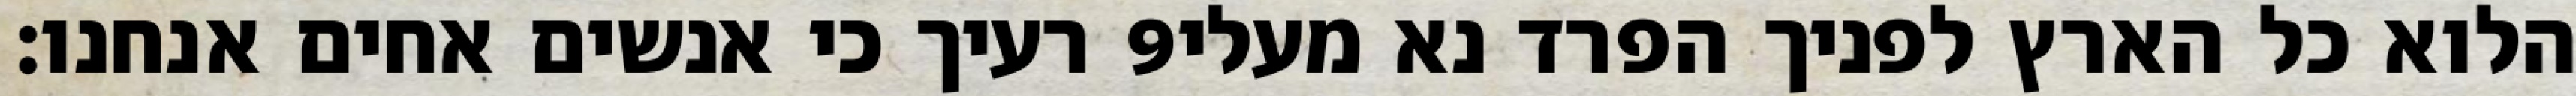
רעיך כי אנשים אחים אנחנו׃ ‎9‏ הלוא כל הארץ לפניך הפרד נא מעלי